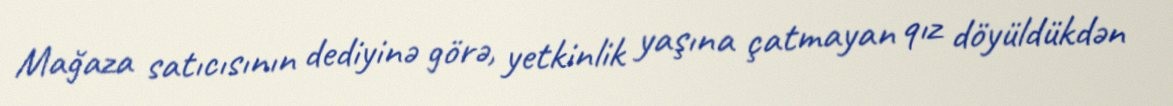
Mağaza satıcısının dediyinə görə, yetkinlik yaşına çatmayan qız döyüldükdən